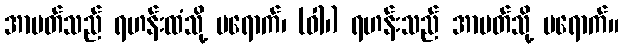
အာပတ်သည် ရဟန်းထံသို့ မရောက်၊ (ဝါ၊) ရဟန်းသည် အာပတ်သို့ မရောက်။